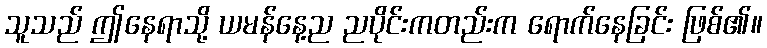
သူသည် ဤနေရာသို့ ယမန်နေ့ည ညပိုင်းကတည်းက ရောက်နေခြင်း ဖြစ်၏။